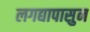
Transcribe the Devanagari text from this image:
लगद्यापासुन